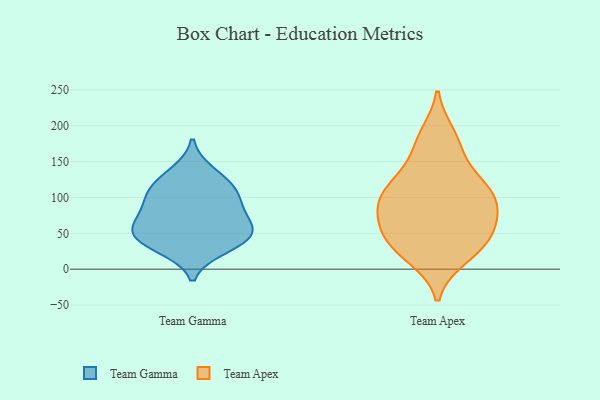
{"axis": {"x": "Inventory Turnover", "y": "Value"}, "legend": ["Team Apex", "Team Gamma"], "data": [{"x": "", "y": 135, "type": "Team Gamma"}, {"x": "", "y": 97, "type": "Team Gamma"}, {"x": "", "y": 30, "type": "Team Gamma"}, {"x": "", "y": 82, "type": "Team Gamma"}, {"x": "", "y": 112, "type": "Team Gamma"}, {"x": "", "y": 54, "type": "Team Gamma"}, {"x": "", "y": 38, "type": "Team Gamma"}, {"x": "", "y": 52, "type": "Team Gamma"}, {"x": "", "y": 47, "type": "Team Gamma"}, {"x": "", "y": 71, "type": "Team Gamma"}, {"x": "", "y": 113, "type": "Team Gamma"}, {"x": "", "y": 117, "type": "Team Apex"}, {"x": "", "y": 188, "type": "Team Apex"}, {"x": "", "y": 92, "type": "Team Apex"}, {"x": "", "y": 104, "type": "Team Apex"}, {"x": "", "y": 16, "type": "Team Apex"}, {"x": "", "y": 28, "type": "Team Apex"}, {"x": "", "y": 90, "type": "Team Apex"}, {"x": "", "y": 26, "type": "Team Apex"}, {"x": "", "y": 145, "type": "Team Apex"}, {"x": "", "y": 96, "type": "Team Apex"}, {"x": "", "y": 50, "type": "Team Apex"}, {"x": "", "y": 176, "type": "Team Apex"}, {"x": "", "y": 119, "type": "Team Apex"}, {"x": "", "y": 54, "type": "Team Apex"}, {"x": "", "y": 69, "type": "Team Apex"}, {"x": "", "y": 55, "type": "Team Apex"}]}